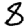
Digit: 8